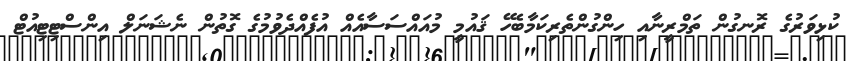
ކުޅިވަރުގެ ރޮނގުން ތަމްރީނާއި ހިންގުންތެރިކަމާބެހޭ ޤައުމީ މުއައްސަސާއެއް އުފެއްދެވުމުގެ ގޮތުން ނެޝަނަލް އިންސްޓިޓިއުޓް